Civil Veterinary Department ledger series I-VI
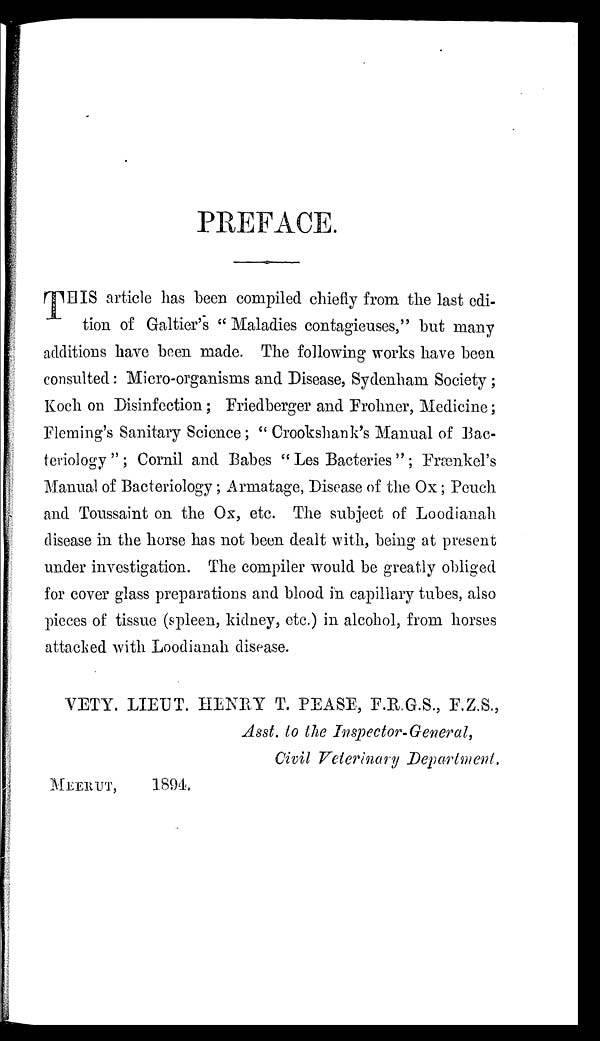
PREFACE.
THIS article has been compiled chiefly from the last edi-
tion of Galtier's "Maladies contagieuses," but many
additions have been made. The following works have been
consulted: Micro-organisms and Disease, Sydenham Society;
Koch on Disinfection; Friedberger and Frohner, Medicine;
Fleming's Sanitary Science; "Crookshank's Manual of Bac-
teriology"; Cornil and Babes "Les Bacteries"; Frænkel's
Manual of Bacteriology; Armatage, Disease of the Ox; Peuch
and Toussaint on the Ox, etc. The subject of Loodianah
disease in the horse has not been dealt with, being at present
under investigation. The compiler would be greatly obliged
for cover glass preparations and blood in capillary tubes, also
pieces of tissue (spleen, kidney, etc.) in alcohol, from horses
attacked with Loodianah disease.
VETY. LIEUT. HENRY T. PEASE, F.R.G.S., F.Z.S.,
Asst. to the Inspector-General,
Civil Veterinary Department,
MEERUT,
1894.